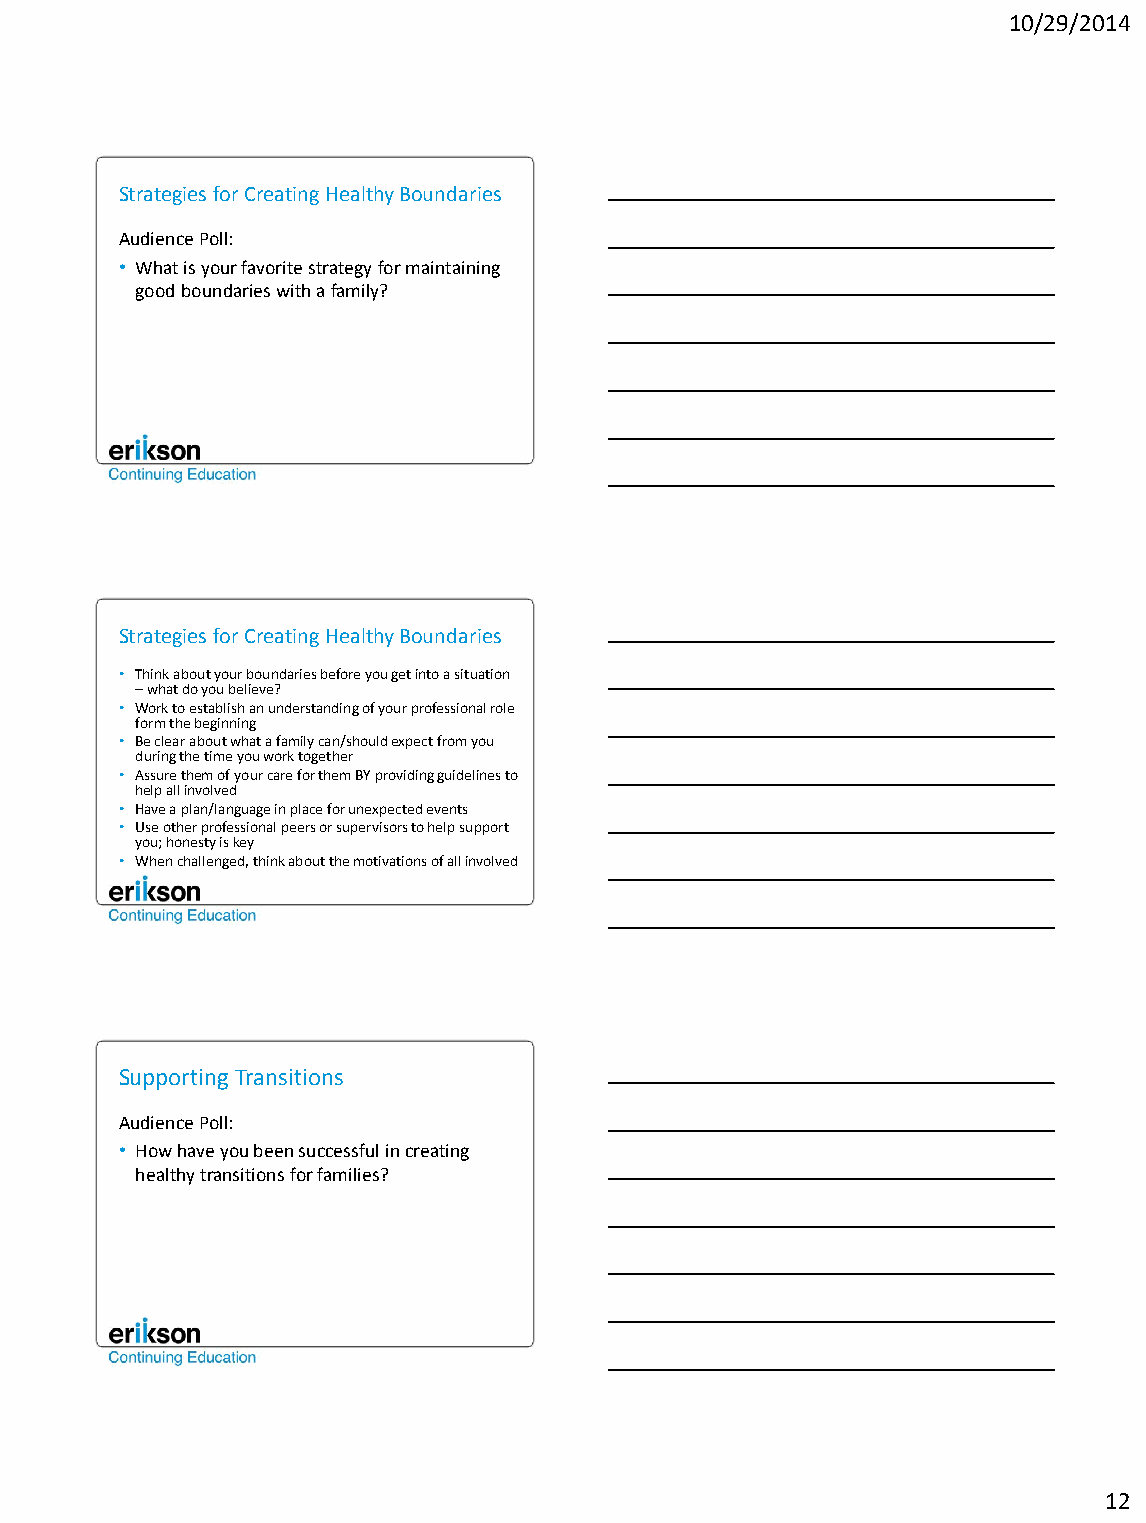
10/29/2014
 Strategies for Creating Healthy Boundaries
 Audience Poll:
 • What is your favorite strategy for maintaining
 good boundaries with a family?
 Strategies for Creating Healthy Boundaries
 • Think about your boundaries before you get into a situation
 – what do you believe?
 • Work to establish an understanding of your professional role
 form the beginning
 • Be clear about what a family can/should expect from you
 during the time you work together
 • Assure them of your care for them BY providing guidelines to
 help all involved
 • Have a plan/language in place for unexpected events
 • Use other professional peers or supervisors to help support
 you; honesty is key
 • When challenged, think about the motivations of all involved
 Supporting Transitions
 Audience Poll:
 • How have you been successful in creating
 healthy transitions for families?
 12